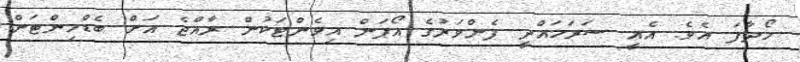
ހޯދާފަ އެވެ. އެއީ ސަރަހައްދީ ފެންވަރުގެ އޯޕަން އިވެންޓަކުން ރާއްޖެ އަށް ބެޑްމިންޓަން